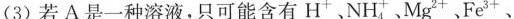
(3)若A是一种溶液，只可能含有H^{-}NH_{4}^{+} Mg^{2+}Fe^{3+}、